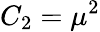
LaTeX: C_{2}=\mu^{2}